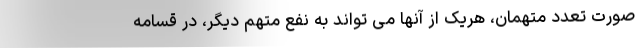
صورت تعدد متهمان، هریک از آنها می تواند به نفع متهم دیگر، در قسامه